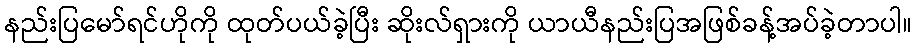
နည်းပြမော်ရင်ဟိုကို ထုတ်ပယ်ခဲ့ပြီး ဆိုးလ်ရှားကို ယာယီနည်းပြအဖြစ်ခန့်အပ်ခဲ့တာပါ။